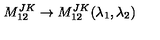
M _ { 1 2 } ^ { J K } \rightarrow M _ { 1 2 } ^ { J K } ( \lambda _ { 1 } , \lambda _ { 2 } )